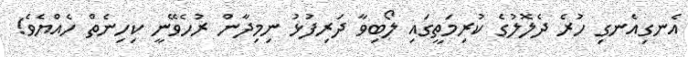
އެނގިއެނގި ހުރެ ދެލޮލުގެ ކުރިމަތީގައި ލޯބިވާ ދަރިފުޅު ނިމިދާން ރުހެވޭނީ ކިހިނެތް ހެއްޔެވެ!